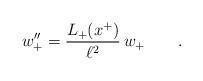
LaTeX: \begin{align*}w_+''=\frac{L_+(x^+)} {\ell ^2}\, w_+ \qquad . \end{align*}